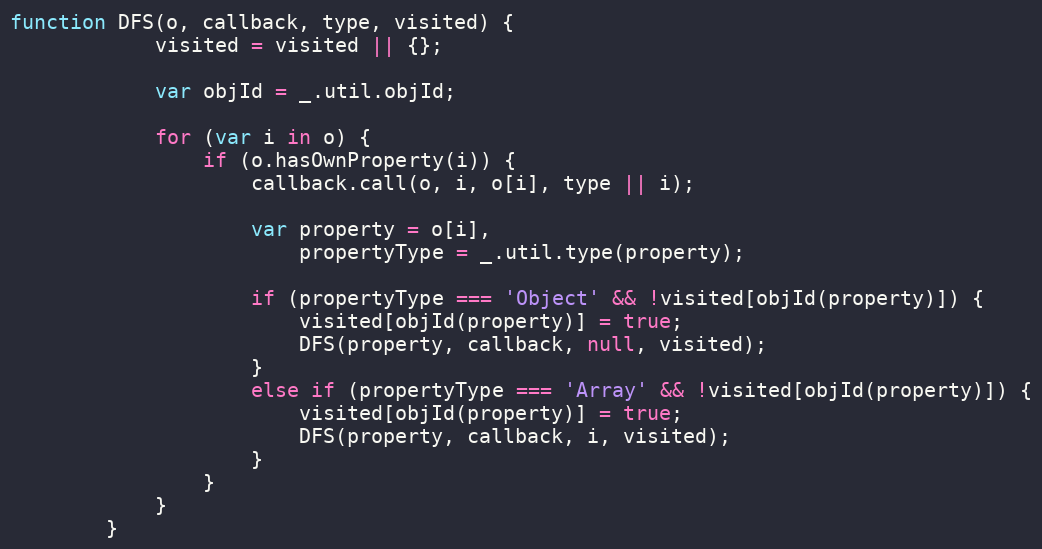
Language: JavaScript
function DFS(o, callback, type, visited) {
			visited = visited || {};

			var objId = _.util.objId;

			for (var i in o) {
				if (o.hasOwnProperty(i)) {
					callback.call(o, i, o[i], type || i);

					var property = o[i],
					    propertyType = _.util.type(property);

					if (propertyType === 'Object' && !visited[objId(property)]) {
						visited[objId(property)] = true;
						DFS(property, callback, null, visited);
					}
					else if (propertyType === 'Array' && !visited[objId(property)]) {
						visited[objId(property)] = true;
						DFS(property, callback, i, visited);
					}
				}
			}
		}